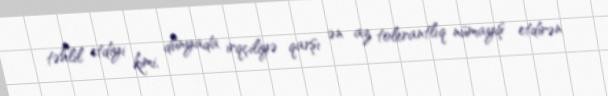
təhlil etdiyi kimi, dünyada irqçiliyə qarşı ən az tolerantlıq nümayiş etdirən